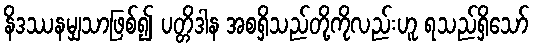
နိဒဿနမျှသာဖြစ်၍ ပတ္တိဒါန အစရှိသည်တို့ကိုလည်းဟူ ရသည်ရှိသော်